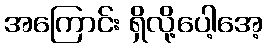
အကြောင်း ရှိလို့ပေါ့အေ့